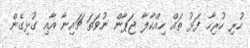
ހުރި ހުރިހާ ފަޅު ތައް ހިއްކާލާ ޖަޕާން ނުވަތަ ޗައިނާ އާއި ގުޅިގެން